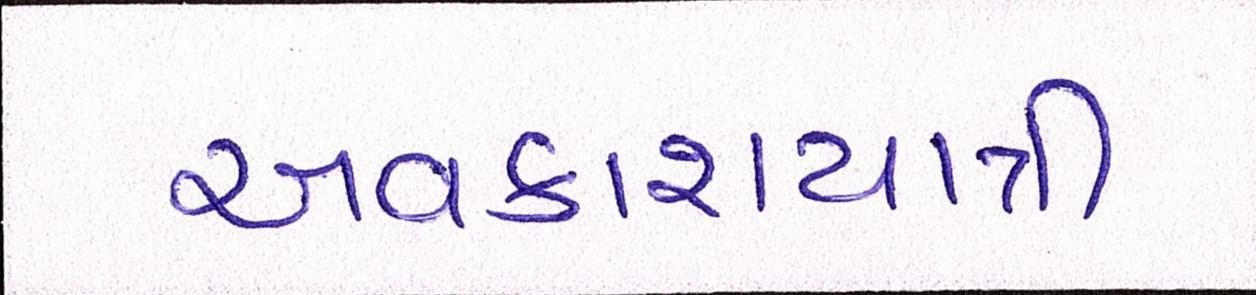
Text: અવકાશયાત્રી